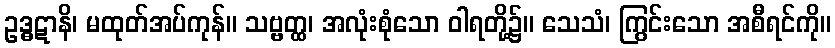
ဥဒ္ဓဋာနိ၊ မထုတ်အပ်ကုန်။ သဗ္ဗတ္ထ၊ အလုံးစုံသော ဝါရတို့၌။ သေသံ၊ ကြွင်းသော အစီရင်ကို။